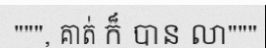
""", គាត់ ក៏ បាន លា"""